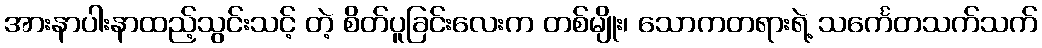
အားနာပါးနာထည့်သွင်းသင့် တဲ့ စိတ်ပူခြင်းလေးက တစ်မျိုး၊ သောကတရားရဲ့ သင်္ကေတသက်သက်